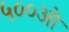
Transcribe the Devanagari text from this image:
५००ओ